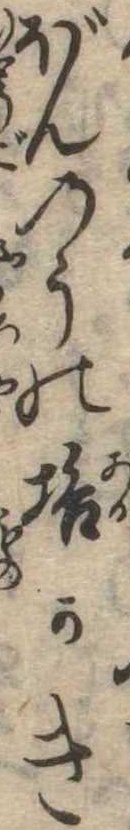
ぼんのうの垢かき